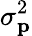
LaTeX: \sigma_{\mathbf{p}}^{2}